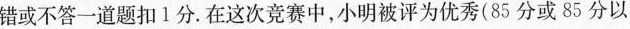
错或不答一道题扣1分。在这次竞赛中，小明被评为优秀(85分或85分以